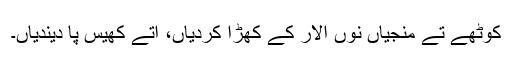
کوٹھے تے منجیاں نوں اُلار کے کھڑا کردیاں، اُتے کھیس پا دیندیاں۔